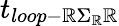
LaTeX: t_{loop-\mathbb{R}\Sigma_{\mathbb{R}}\mathbb{R}}